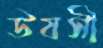
উষসী